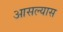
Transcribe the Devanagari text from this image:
आसल्यास